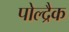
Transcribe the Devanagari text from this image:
पोल्द्रैक